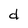
Character: d